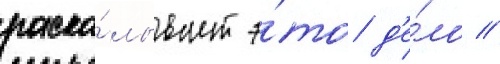
раска́лывает э́то д'е́ло //